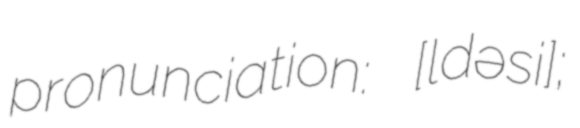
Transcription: pronunciation: ​[lɑ̃dʁəsi];